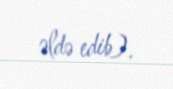
əldə edib).